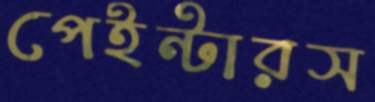
পেইন্টারস